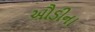
ઔડીના